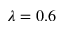
\lambda = 0 . 6